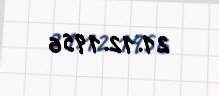
21.12.1956